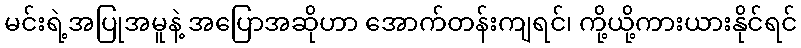
မင်းရဲ့အပြုအမူနဲ့ အပြောအဆိုဟာ အောက်တန်းကျရင်၊ ကို့ယို့ကားယားနိုင်ရင်